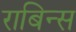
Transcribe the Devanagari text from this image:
राबिन्स